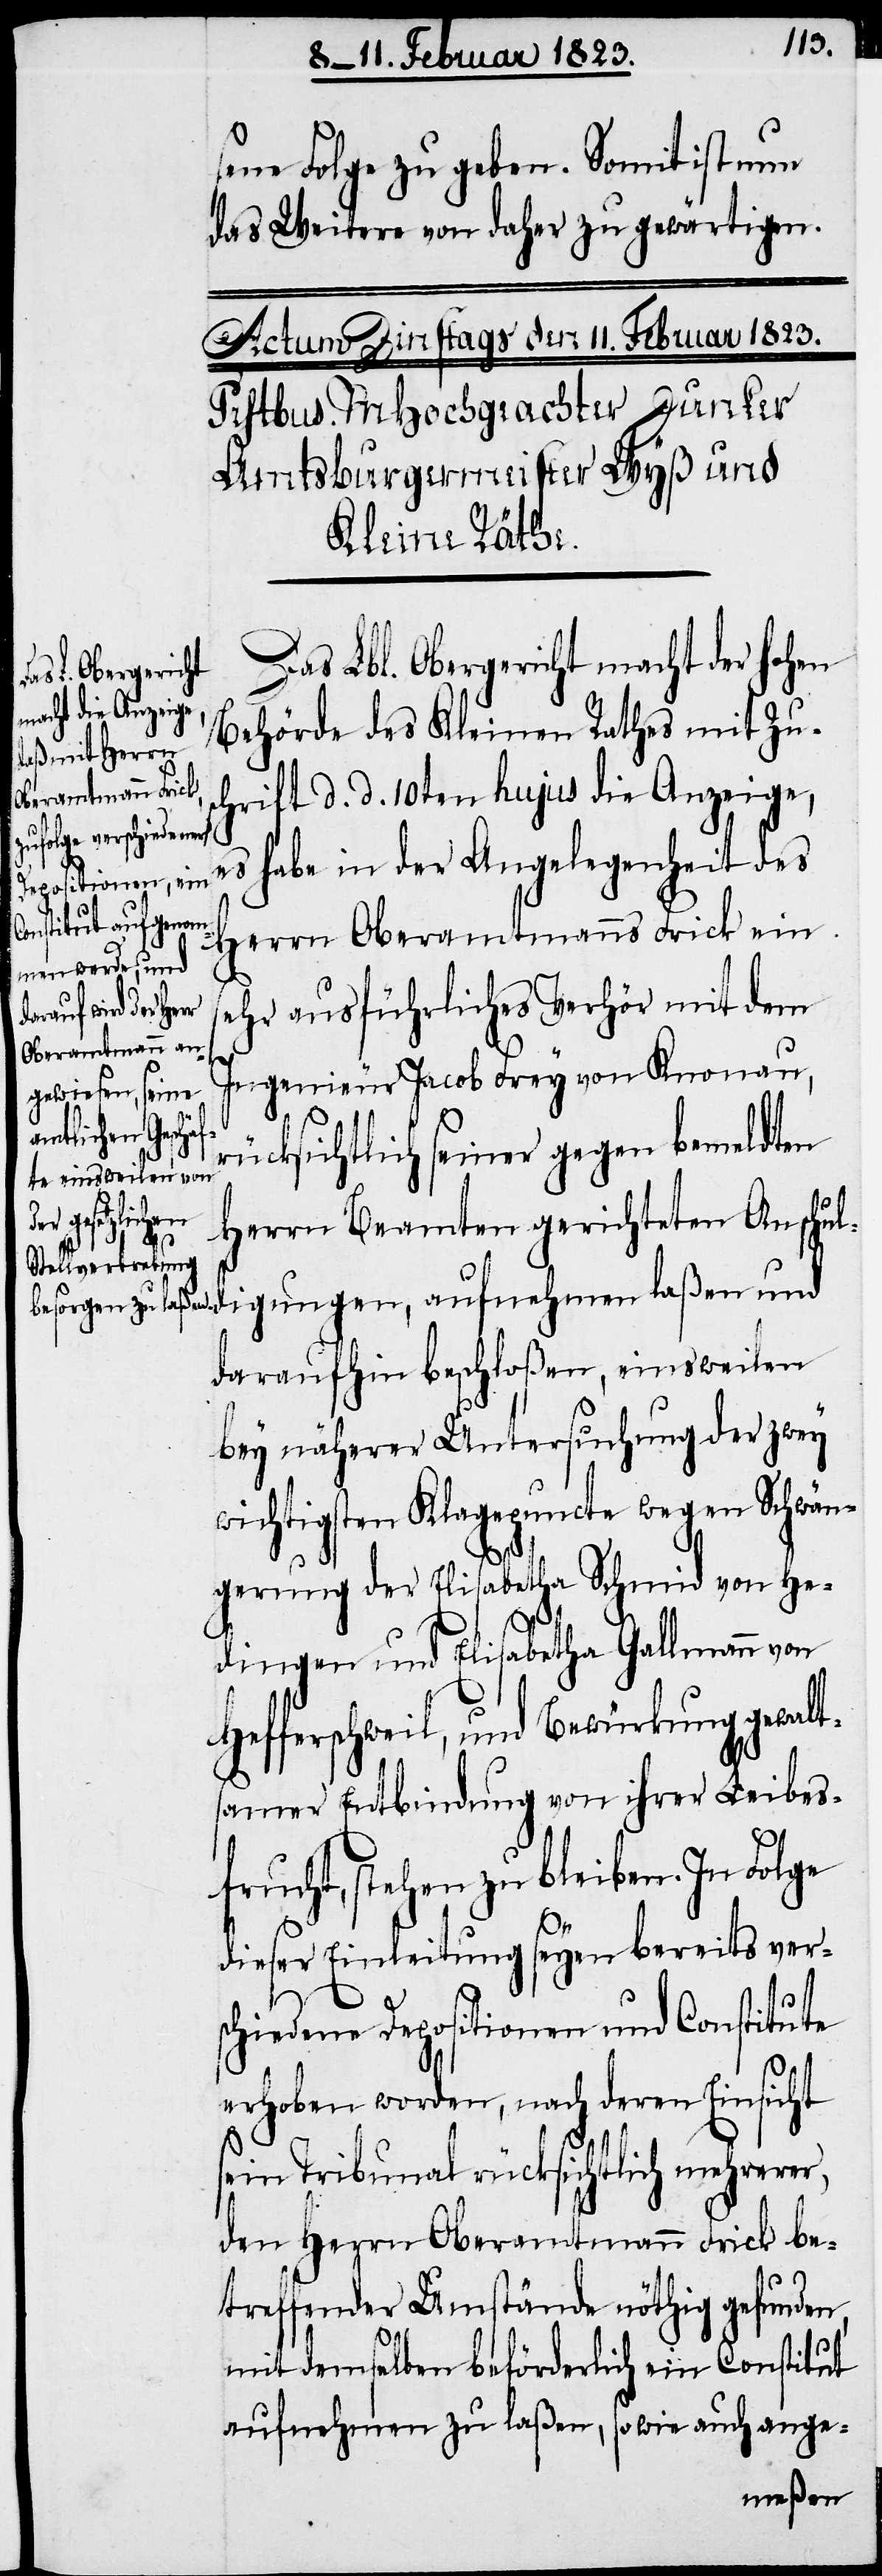
sene Folge zu geben. Somit ist nun
das Weitere von daher zu gewärtigen.
Das Lbl. Obergericht macht der hohen
Behörde des Kleinen Rathes mit Zus¬
chrift d. d. 10ten hujus die Anzeige,
es habe in der Angelegenheit des
Herrn Oberamtmanns Frick ein
sehr ausführliches Verhör mit dem
Ingenieur Jacob Frey von Knonau,
rücksichtlich seiner gegen bemeldten
aufnehmen
Herrn Beamten gerichteten Anschul¬
daraufhin beschloßen, einsweilen
bey näherer Untersuchung der zwey
wichtigsten Klagepuncte wegen Schwän¬
gerung der Elisabetha Schmid von He¬
dingen und Elisabetha Gallmann von
Hefferschweil, und Bewürkung gewalt¬
samer Entbindung von ihrer Leibes¬
frucht, stehen zu bleiben. In Folge
dieser Einleitung seyen bereits ver¬
schiedene Depositionen und Constitute
erhoben worden, nach deren Einsicht
sein Tribunal rücksichtlich mehrerer,
den Herrn Oberamtmann Frick be¬
treffender Umstände nöthig gefunden,
mit demselben beförderlich ein Constitut
aufnehmen zu laßen, sowie auch ange-
laßen